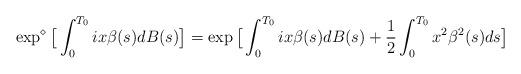
LaTeX: \begin{align*}\exp^{\diamond}\big[ \int_0^{T_0}ix\beta(s)dB(s)\big]=\exp\big[\int_0^{T_0}ix\beta(s) dB(s) +\frac{1}{2}\int_0^{T_0}x^2 \beta^2(s) ds \big] \end{align*}